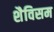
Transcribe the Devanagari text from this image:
शैविसम